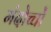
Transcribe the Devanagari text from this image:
मंदोच्चों